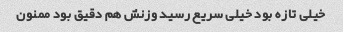
خیلی تازه بود خیلی سریع رسید وزنش هم دقیق بود ممنون